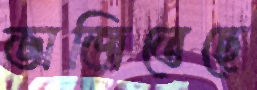
ভাজিতেছে